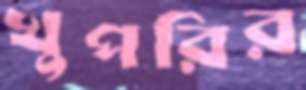
খুপরির